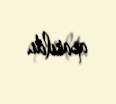
aparıldı.